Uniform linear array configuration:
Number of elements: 12
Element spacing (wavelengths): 0.25
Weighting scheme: cosine
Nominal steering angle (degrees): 15
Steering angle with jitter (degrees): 13.831
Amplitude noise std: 0.05
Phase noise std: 0.05

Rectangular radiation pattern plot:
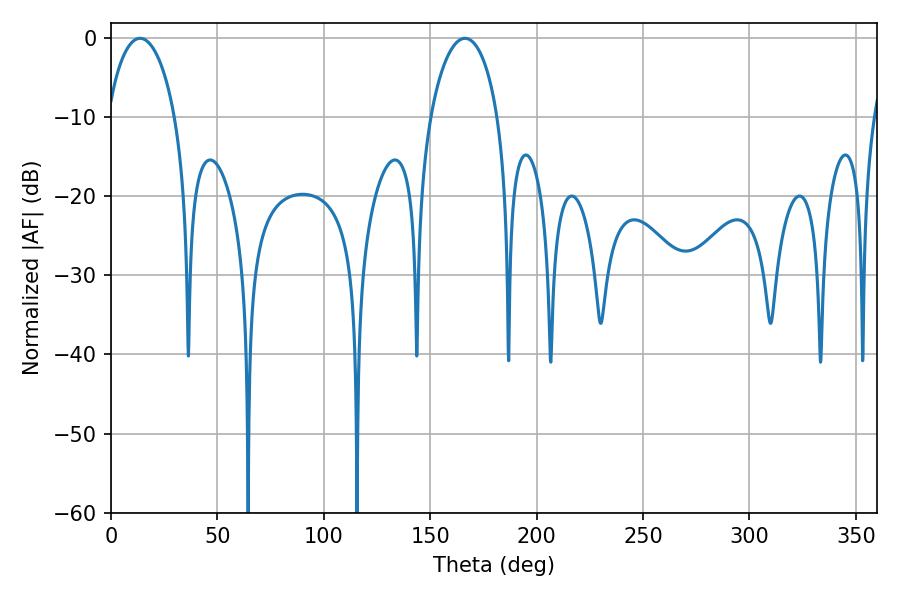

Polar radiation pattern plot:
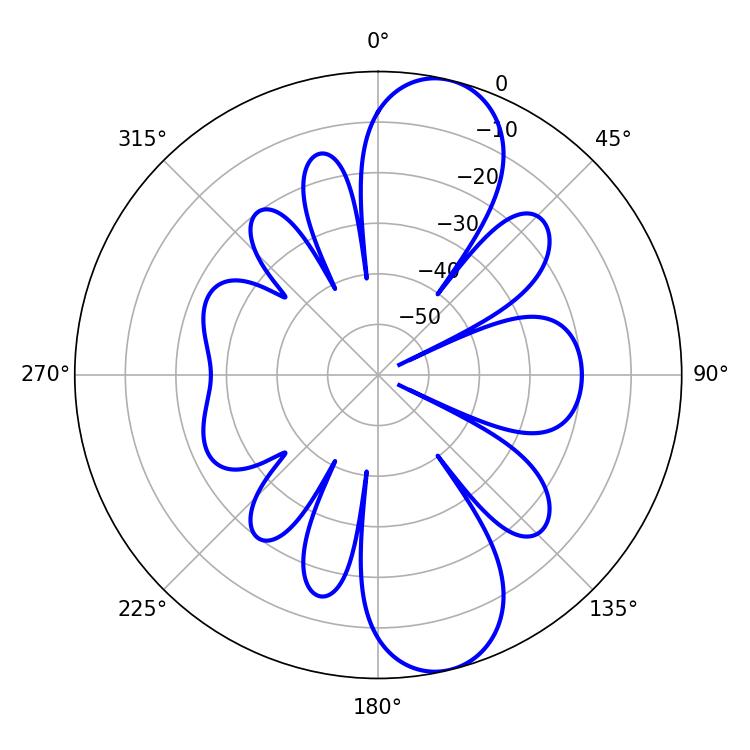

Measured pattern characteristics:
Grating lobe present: FALSE
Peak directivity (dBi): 10.882
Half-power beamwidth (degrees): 18
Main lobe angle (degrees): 13.68